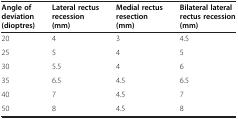
<table><thead><tr><td><b>Angle of deviation (dioptres)</b></td><td><b>Lateral rectus recession (mm)</b></td><td><b>Medial rectus resection (mm)</b></td><td><b>Bilateral lateral rectus recession (mm)</b></td></tr></thead><tbody><tr><td>20</td><td>4</td><td>3</td><td>4.5</td></tr><tr><td>25</td><td>5</td><td>4</td><td>5</td></tr><tr><td>30</td><td>5.5</td><td>4</td><td>6</td></tr><tr><td>35</td><td>6.5</td><td>4.5</td><td>6.5</td></tr><tr><td>40</td><td>7</td><td>4.5</td><td>7</td></tr><tr><td>50</td><td>8</td><td>4.5</td><td>8</td></tr></tbody></table>